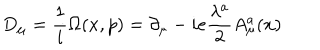
D _ { \mu } = \frac { 1 } { i } \Omega ( x , p ) = \partial _ { \mu } - i e \frac { \lambda ^ { a } } { 2 } A _ { \mu } ^ { a } ( x )